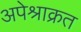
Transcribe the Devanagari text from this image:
अपेश्राक्रत